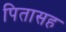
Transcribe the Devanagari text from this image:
पितासह